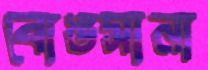
বোঙসানা